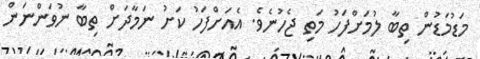
މަޑުމަޑުން ތިބާ ލުމަށްފަހު މަތި ޖެހުނެވެ. އެއަށްފަހު ކަށު ނަމާދަށް ތިބާ ނުވަންނަން